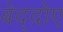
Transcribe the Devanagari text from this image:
बेद्दोए